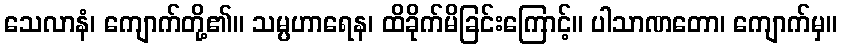
သေလာနံ၊ ကျောက်တို့၏။ သမ္ပဟာရေန၊ ထိခိုက်မိခြင်းကြောင့်။ ပါသာဏတော၊ ကျောက်မှ။